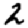
Digit: 2